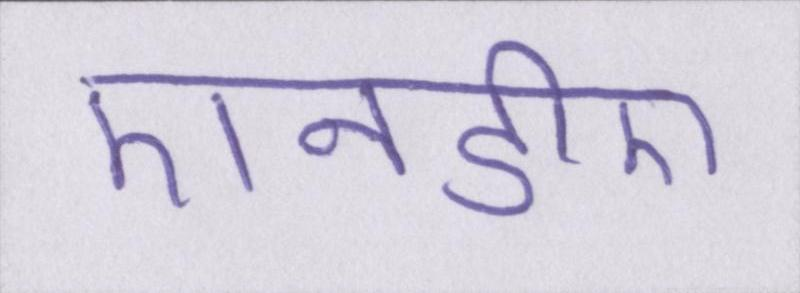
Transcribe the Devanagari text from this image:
एनडीए